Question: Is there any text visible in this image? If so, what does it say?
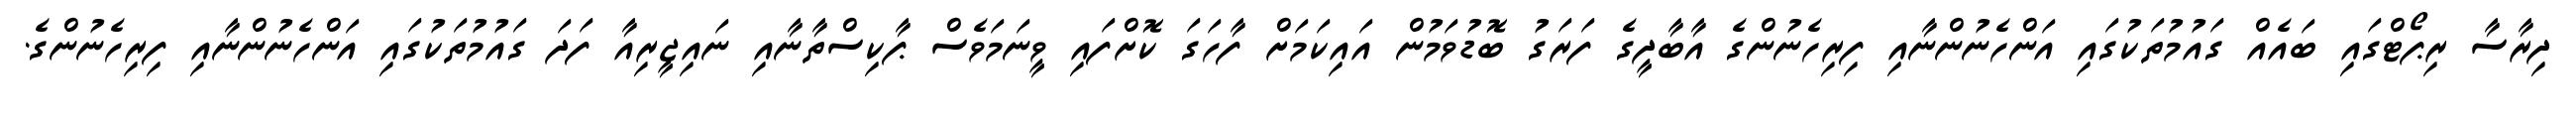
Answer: ދިރާސާ ރިޕޯޓްގައި ބައެއް ގައުމުތަކުގައި އަންހެނުންނާއި ފިރިހެނުންގެ އާބާދީގެ ފަރަގު ބޮޑުވަމުން އައިކަމަށް ފާހަގަ ކޮށްފައި ވީނަމަވެސް ޕާކިސްތާނާއި ނައިޖީރިއާ ފަދަ ގައުމުތަކުގައި އަންހެނުންނާއި ފިރިހެނުންގެ.